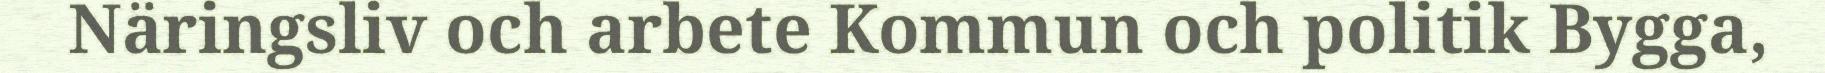
Näringsliv och arbete Kommun och politik Bygga,